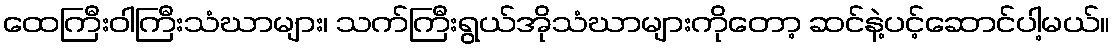
ထေကြီးဝါကြီးသံဃာများ၊ သက်ကြီးရွယ်အိုသံဃာများကိုတော့ ဆင်နဲ့ပင့်ဆောင်ပါ့မယ်။